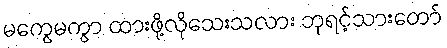
မကွေမကွာ ထားဖို့လိုသေးသလား ဘုရင့်သားတော်